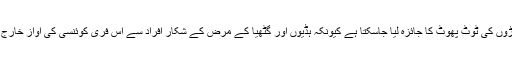
اب برطانوی ماہرین نے دعویٰ کیا ہےکہ عین اسی ٹیکنالوجی سے ہڈیوں کے جوڑوں کی ٹوٹ پھوٹ کا جائزہ لیا جاسکتا ہے کیونکہ ہڈیوں اور گٹھیا کے مرض کے شکار افراد سے اس فری کوئنسی کی آواز خارج ہوتی ہے جو سنائی نہیں دیتی لیکن دیگر آلات سے انہیں محسوس کیا جاسکتا ہے۔